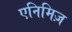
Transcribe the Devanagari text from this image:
एनिमिज़